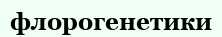
флорогенетики